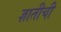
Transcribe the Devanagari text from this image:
ज्ञातीची